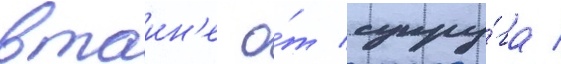
втаин'е о́т супру́га /